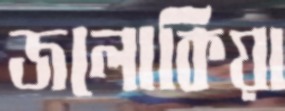
জলোকিয়া